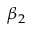
\beta _ { 2 }